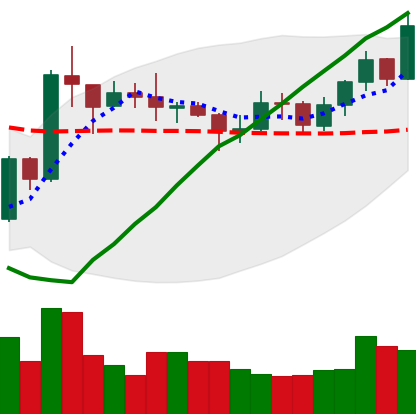
Ticker: XRP-USD
Chart end date: 2020-07-25
Forward return: 14.208%
Label: up_7plus